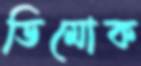
ডিমোক